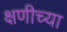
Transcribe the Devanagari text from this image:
क्षणीच्या